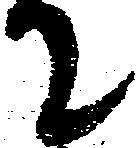
て